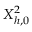
X _ { h , 0 } ^ { 2 }